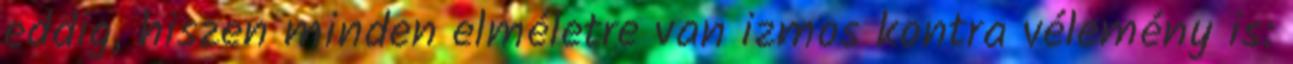
eddig, hiszen minden elméletre van izmos kontra vélemény is: